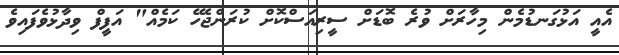
އެއީ އަޅުގަނޑުމެން މިހާރަށް ވުރެ ބޮޑަށް ސީރިއަސްކޮށް ކުރަންޖެހޭ ކަމެއް" އަފީފް ވިދާޅުވެފައިވެ